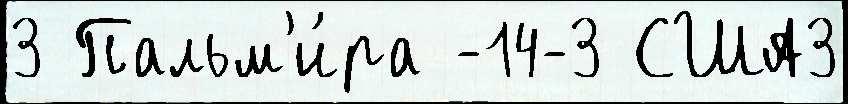
3 Пальм'и́ра -14-3 США3